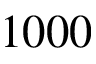
1 0 0 0